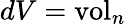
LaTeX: dV=\operatorname{vol}_{n}